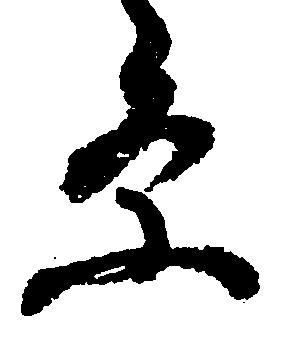
条